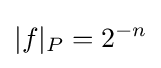
|f|_{P}=2^{-n}